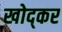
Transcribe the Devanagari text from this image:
खोद्कर